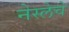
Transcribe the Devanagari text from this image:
नेस्लेचे